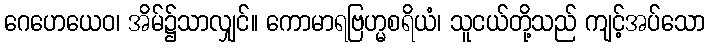
ဂေဟေယေဝ၊ အိမ်၌သာလျှင်။ ကောမာရဗြဟ္မစရိယံ၊ သူငယ်တို့သည် ကျင့်အပ်သော